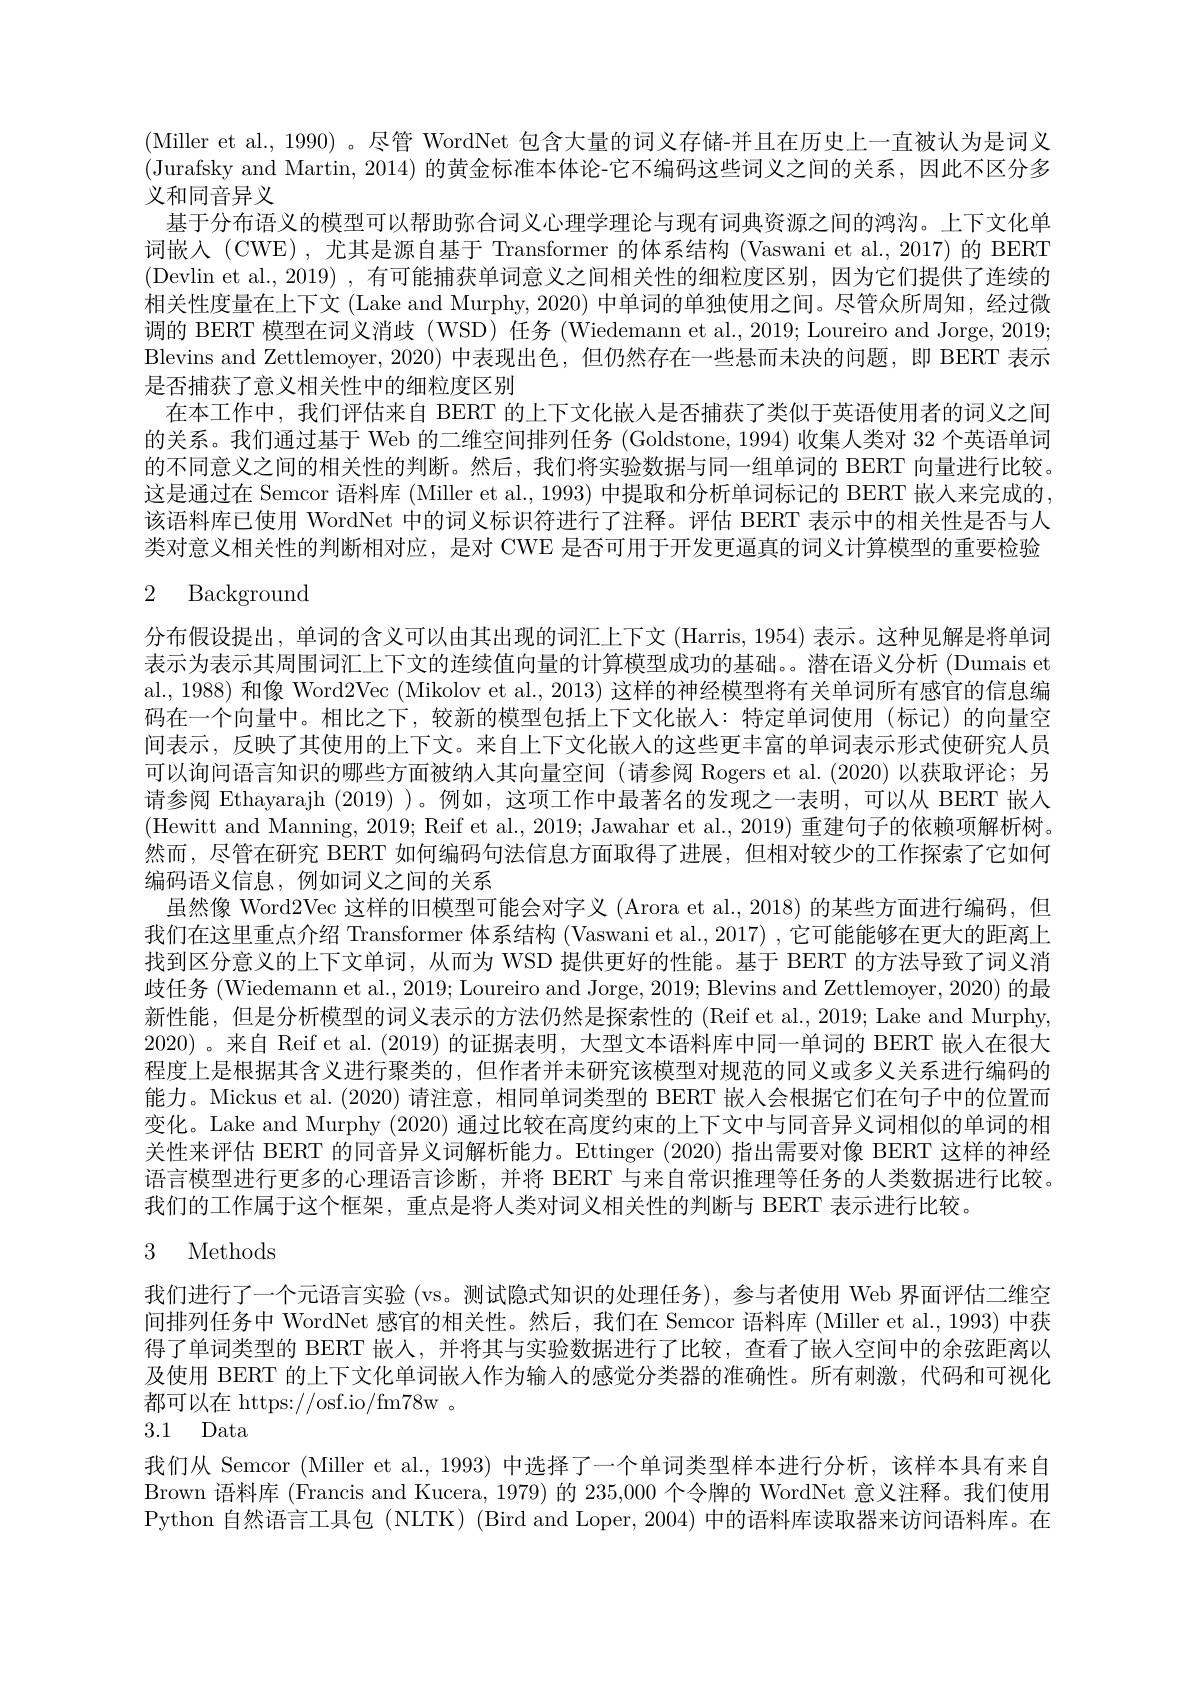
(Miller et al., 1990)。尽管 WordNet 包含大量的词义存储-并且在历史上一直被认为是词义(Jurafsky and Martin, 2014) 的黄金标准本体论-它不编码这些词义之间的关系，因此不区分多义和同音异义
基于分布语义的模型可以帮助弥合词义心理学理论与现有词典资源之间的鸿沟。上下文化单词嵌入 (CWE) , 尤其是源自基于 Transformer 的体系结构 (Vaswani et al., 2017) 的 BERT (Devlin et al., 2019) , 有可能捕获单词意义之间相关性的细粒度区别，因为它们提供了连续的相关性度量在上下文(Lake and Murphy, 2020) 中单词的单独使用之间。尽管众所周知，经过微调的 BERT 模型在词义消歧 (WSD) 任务 (Wiedemann et al., 2019; Loureiro and Jorge, 2019; Blevins and Zettlemoyer, 2020) 中表现出色，但仍然存在一些悬而未决的问题，即 BERT 表示是否捕获了意义相关性中的细粒度区别
在本工作中，我们评估来自 BERT 的上下文化嵌人是否捕获了类似于英语使用者的词义之间的关系。我们通过基于 Web 的二维空间排列任务 (Goldstone,1994) 收集人类对 32 个英语单词的不同意义之间的相关性的判断。然后，我们将实验数据与同一组单词的 BERT 向量进行比较。这是通过在 Semcor 语料库 (Miller et al., 1993) 中提取和分析单词标记的 BERT 嵌人来完成的该语料库已使用 WordNet 中的词义标识符进行了注释。评估 BERT 表示中的相关性是否与人类对意义相关性的判断相对应，是对 CWE 是否可用于开发更逼真的词义计算模型的重要检验

# 2 Background

分布假设提出，单词的含义可以由其出现的词汇上下文 (Harris, 1954) 表示。这种见解是将单词表示为表示其周围词汇上下文的连续值向量的计算模型成功的基础。。潜在语义分析 (Dumais et al., 1988) 和像 Word2Vec (Mikolov et al., 2013) 这样的神经模型将有关单词所有感官的信息编码在一个向量中。相比之下，较新的模型包括上下文化嵌人：特定单词使用(标记)的向量空间表示，反映了其使用的上下文。来自上下文化嵌人的这些更丰富的单词表示形式使研究人员可以询问语言知识的哪些方面被纳入其向量空间(请参阅 Rogers et al.(2020)以获取评论；另请参阅 Ethayarajh (2019) )。例如，这项工作中最著名的发现之一表明，可以从 BERT 嵌人(Hewitt and Manning, 2019; Reif et al., 2019; Jawahar et al., 2019) 重建句子的依赖项解析树。然而，尽管在研究 BERT 如何编码句法信息方面取得了进展，但相对较少的工作探索了它如何编码语义信息，例如词义之间的关系
虽然像 Word2Vec 这样的旧模型可能会对字义 (Arora et al., 2018) 的某些方面进行编码，但我们在这里重点介绍 Transformer 体系结构 (Vaswani et al., 2017) , 它可能能够在更大的距离上找到区分意义的上下文单词，从而为 WSD 提供更好的性能。基于 BERT 的方法导致了词义消歧任务 (Wiedemann et al., 2019; Loureiro and Jorge, 2019; Blevins and Zettlemoyer, 2020) 的最新性能，但是分析模型的词义表示的方法仍然是探索性的 (Reif et al., 2019; Lake and Murphy, 2020)。来自 Reif et al.(2019) 的证据表明，大型文本语料库中同一单词的 BERT 嵌人在很大程度上是根据其含义进行聚类的，但作者并未研究该模型对规范的同义或多义关系进行编码的能力。Mickus et al. (2020)请注意，相同单词类型的 BERT 嵌入会根据它们在句子中的位置而变化。Lake and Murphy (2020) 通过比较在高度约束的上下文中与同音异义词相似的单词的相关性来评估 BERT 的同音异义词解析能力。Ettinger (2020) 指出需要对像 BERT 这样的神经语言模型进行更多的心理语言诊断，并将 BERT 与来自常识推理等任务的人类数据进行比较。我们的工作属于这个框架，重点是将人类对词义相关性的判断与 BERT 表示进行比较。

# 3 Methods

我们进行了一个元语言实验 (vs。测试隐式知识的处理任务),参与者使用 Web 界面评估二维空间排列任务中 WordNet 感官的相关性。然后，我们在 Semcor 语料库 (Miller et al., 1993) 中获得了单词类型的 BERT 嵌人，并将其与实验数据进行了比较，查看了嵌入空间中的余弦距离以及使用 BERT 的上下文化单词嵌人作为输入的感觉分类器的准确性。所有刺激，代码和可视化都可以在 https://osf.io/fm78w~。
3.1 Data

我们从 Semcor (Miller et al., 1993) 中选择了一个单词类型样本进行分析，该样本具有来自Brown 语料库 (Francis and Kucera, 1979) 的 235,000 个令牌的 WordNet 意义注释。我们使用Python 自然语言工具包 (NLTK) (Bird and Loper, 2004) 中的语料库读取器来访问语料库。在